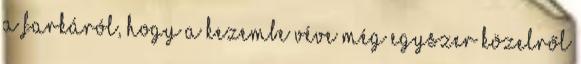
a farkáról, hogy a kezembe véve még egyszer közelről